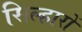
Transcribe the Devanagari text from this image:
सिल्हारों